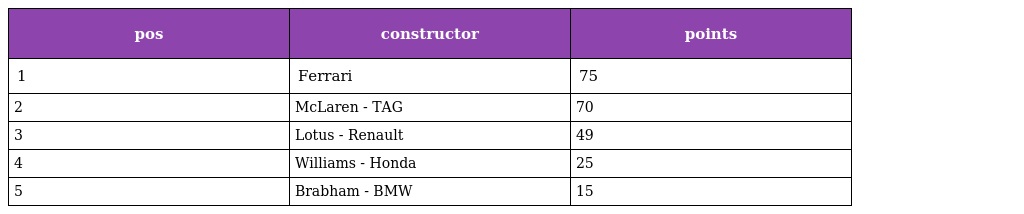
| pos | constructor | points |
 | --- | --- | --- |
 | 1 | Ferrari | 75 |
 | 2 | McLaren - TAG | 70 |
 | 3 | Lotus - Renault | 49 |
 | 4 | Williams - Honda | 25 |
 | 5 | Brabham - BMW | 15 |